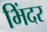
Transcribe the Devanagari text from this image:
भिंदर